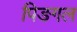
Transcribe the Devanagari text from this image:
पिङगल